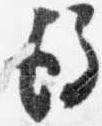
後